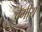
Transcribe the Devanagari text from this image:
वेगीय